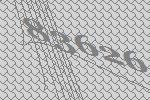
83626